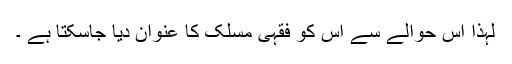
لہذا اس حوالے سے اس کو فقہی مسلک کا عنوان دیا جاسکتا ہے ۔